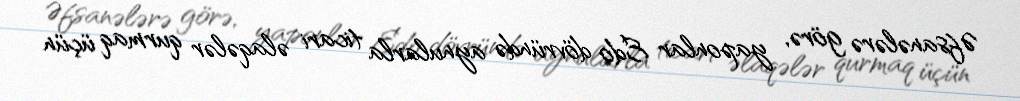
Əfsanələrə görə, yaponlar Edo dövründə aynularla ticari əlaqələr qurmaq üçün